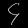
Digit: ၄